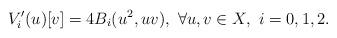
LaTeX: \begin{align*}V'_i(u)[v] = 4B_i(u^2, uv), \ \forall u, v \in X,\ i=0, 1, 2.\end{align*}